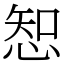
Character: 𢜔